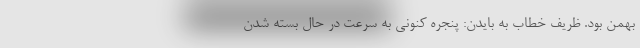
بهمن بود. ظریف خطاب به بایدن: پنجره کنونی به سرعت در حال بسته شدن